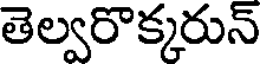
తెల్వరొక్కరున్